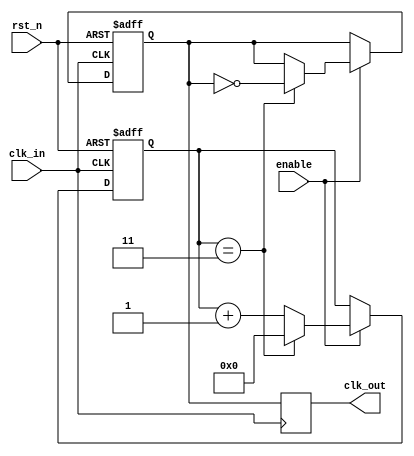
module ClockDividerBuffer #(
    parameter N = 4 // Division factor, configurable parameter
)(
    input wire clk_in,         // Input clock signal
    input wire rst_n,         // Asynchronous active-low reset
    input wire enable,        // Enable signal for the clock output
    output reg clk_out        // Output clock signal
);

    reg [31:0] counter;       // Counter to track clock cycles
    reg clk_out_buf;          // Buffered output clock signal

    // Asynchronous reset and counter logic
    always @(posedge clk_in or negedge rst_n) begin
        if (!rst_n) begin
            counter <= 0;      // Reset counter
            clk_out_buf <= 0;  // Reset buffered clock output
        end else if (enable) begin
            if (counter == (N - 1)) begin
                counter <= 0;   // Reset counter
                clk_out_buf <= ~clk_out_buf; // Toggle output clock
            end else begin
                counter <= counter + 1; // Increment counter
            end
        end
    end

    // Assign the buffered output clock to the output
    always @(posedge clk_in) begin
        clk_out <= clk_out_buf; // Buffering the output clock
    end

endmodule